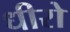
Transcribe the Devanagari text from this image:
धीरो